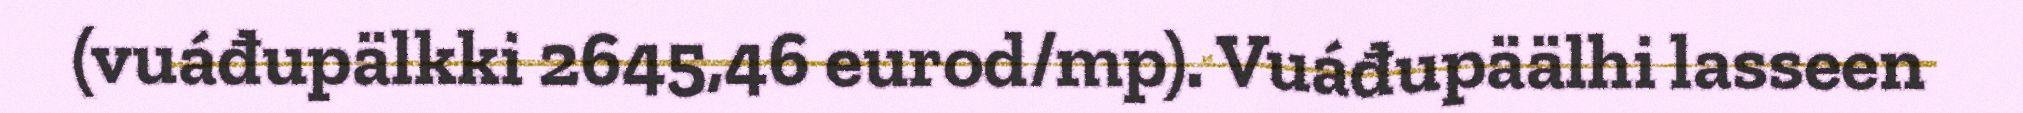
(vuáđupälkki 2645,46 eurod/mp). Vuáđupäälhi lasseen